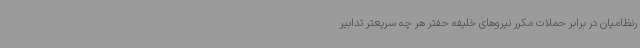
رنظامیان در برابر حملات مکرر نیروهای خلیفه حفتر هر چه سریعتر تدابیر